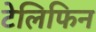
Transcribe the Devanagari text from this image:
टेलिफिन